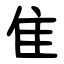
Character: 隹